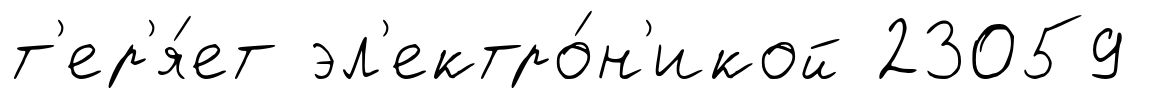
т'ер'я́ет эл'ектро́н'икой 23059